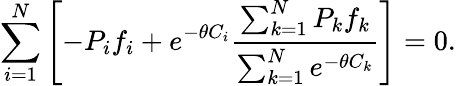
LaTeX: \sum_{i=1}^{N}\left[-P_{i}f_{i}+e^{-\theta C_{i}}\frac{\sum_{k=1}^{N}P_{k}f_{k}}{\sum_{k=1}^{N}e^{-\theta C_{k}}}\right]=0.